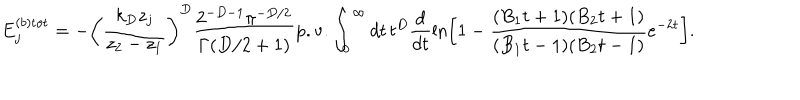
LaTeX: E _ { j } ^ { ( b ) { \mathrm { t o t } } } = - \left( \frac { k _ { D } z _ { j } } { z _ { 2 } - z _ { 1 } } \right) ^ { D } \frac { 2 ^ { - D - 1 } \pi ^ { - D / 2 } } { \Gamma ( D / 2 + 1 ) } { \mathrm { p . v . } } \int _ { 0 } ^ { \infty } d t \, t ^ { D } \frac { d } { d t } \ln \left[ 1 - \frac { ( B _ { 1 } t + 1 ) ( B _ { 2 } t + 1 ) } { ( B _ { 1 } t - 1 ) ( B _ { 2 } t - 1 ) } e ^ { - 2 t } \right] .